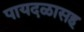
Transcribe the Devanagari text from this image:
पायदळासह